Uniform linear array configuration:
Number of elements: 16
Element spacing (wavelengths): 1
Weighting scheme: cosine
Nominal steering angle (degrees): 30
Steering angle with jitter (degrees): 30.649
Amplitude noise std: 0.05
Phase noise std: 0.05

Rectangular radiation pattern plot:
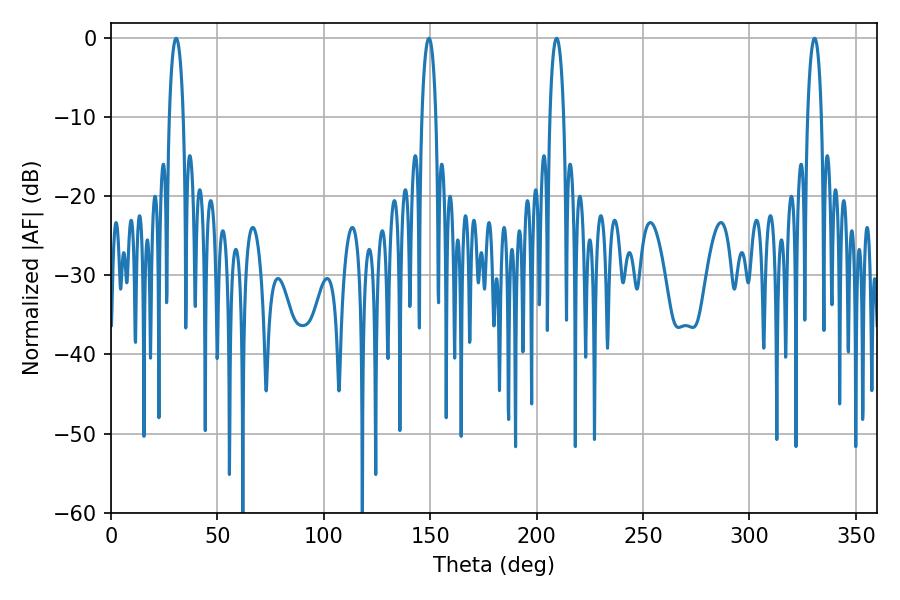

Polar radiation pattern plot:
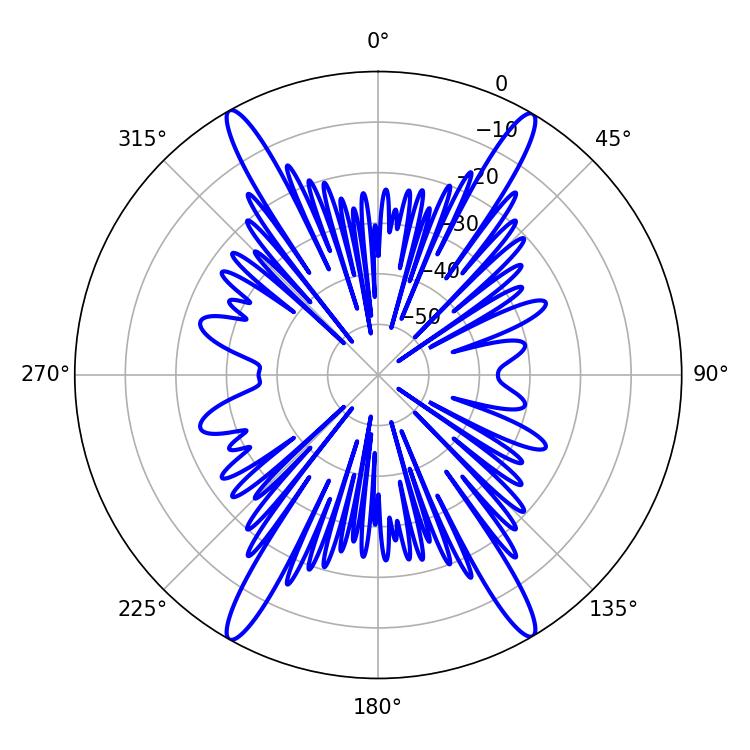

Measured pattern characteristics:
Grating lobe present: TRUE
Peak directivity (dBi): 28.338
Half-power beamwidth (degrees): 3.6
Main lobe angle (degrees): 30.6